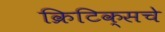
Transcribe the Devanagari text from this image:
क्रिटिक्सचे